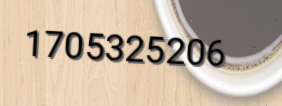
1705325206